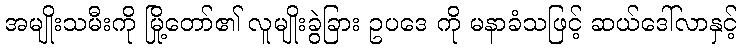
အမျိုးသမီးကို မြို့တော်၏ လူမျိုးခွဲခြား ဥပဒေ ကို မနာခံသဖြင့် ဆယ်ဒေါ်လာနှင့်